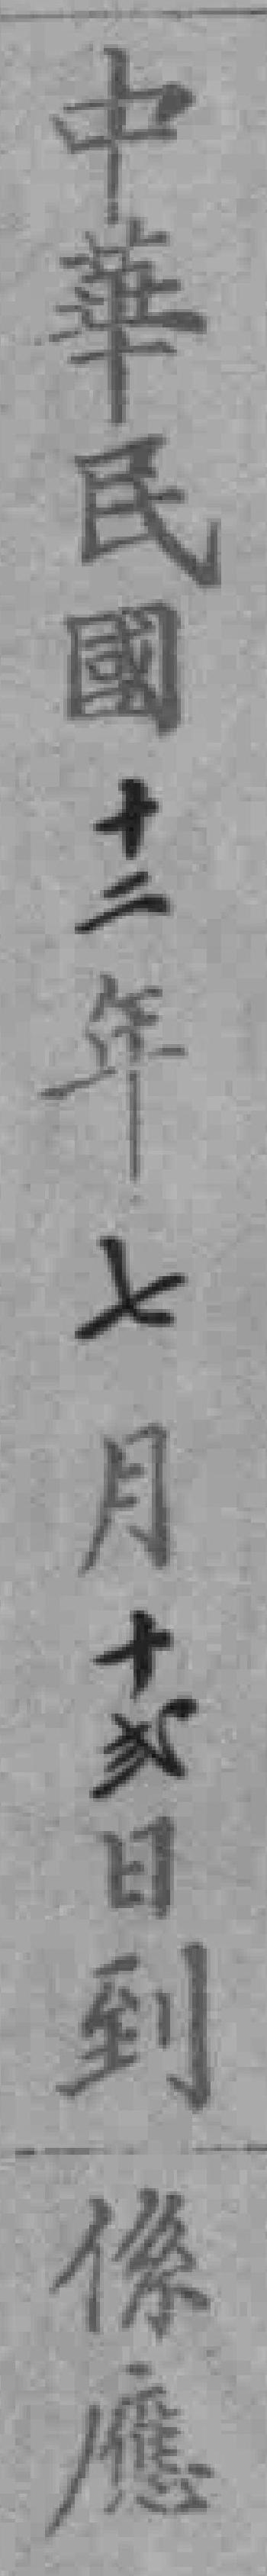
中華民國三年七月支日到應